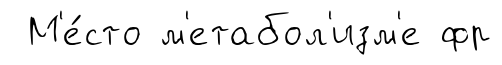
М'е́сто м'етабол'изм'е фр